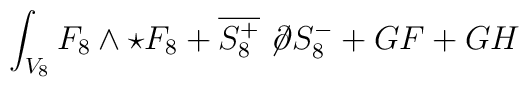
\int_{V_{8}} F_{8} \wedge \star F_{8} +\overline{S^{+}_{8}} \not \! \partial S^{-}_{8} + GF + GH